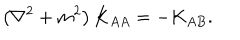
\left( \nabla ^ { 2 } + m ^ { 2 } \right) K _ { A A } = - K _ { A B } .